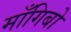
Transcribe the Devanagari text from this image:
माँगिबो